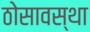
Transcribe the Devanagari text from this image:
ठोसावस्था